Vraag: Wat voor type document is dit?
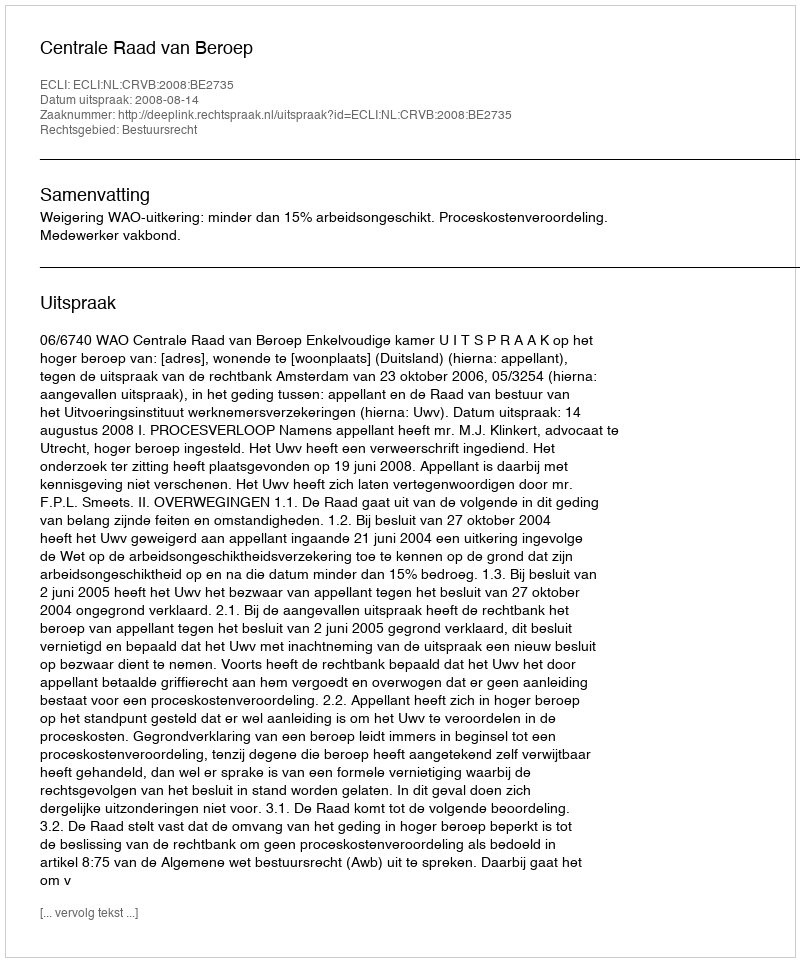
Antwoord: Uitspraak